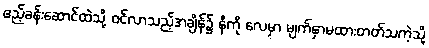
ဧည့်ခန်းဆောင်ထဲသို့ ဝင်လာသည့်အချိန်၌ နီကို လေမှာ မျက်နှာမထားတတ်သကဲ့သို့